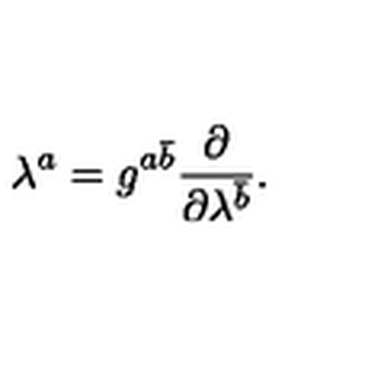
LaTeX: \lambda ^ { a } = g ^ { a \bar { b } } { \frac { \partial } { \partial \lambda ^ { \bar { b } } } } .